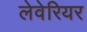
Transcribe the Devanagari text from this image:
लेवेरियर